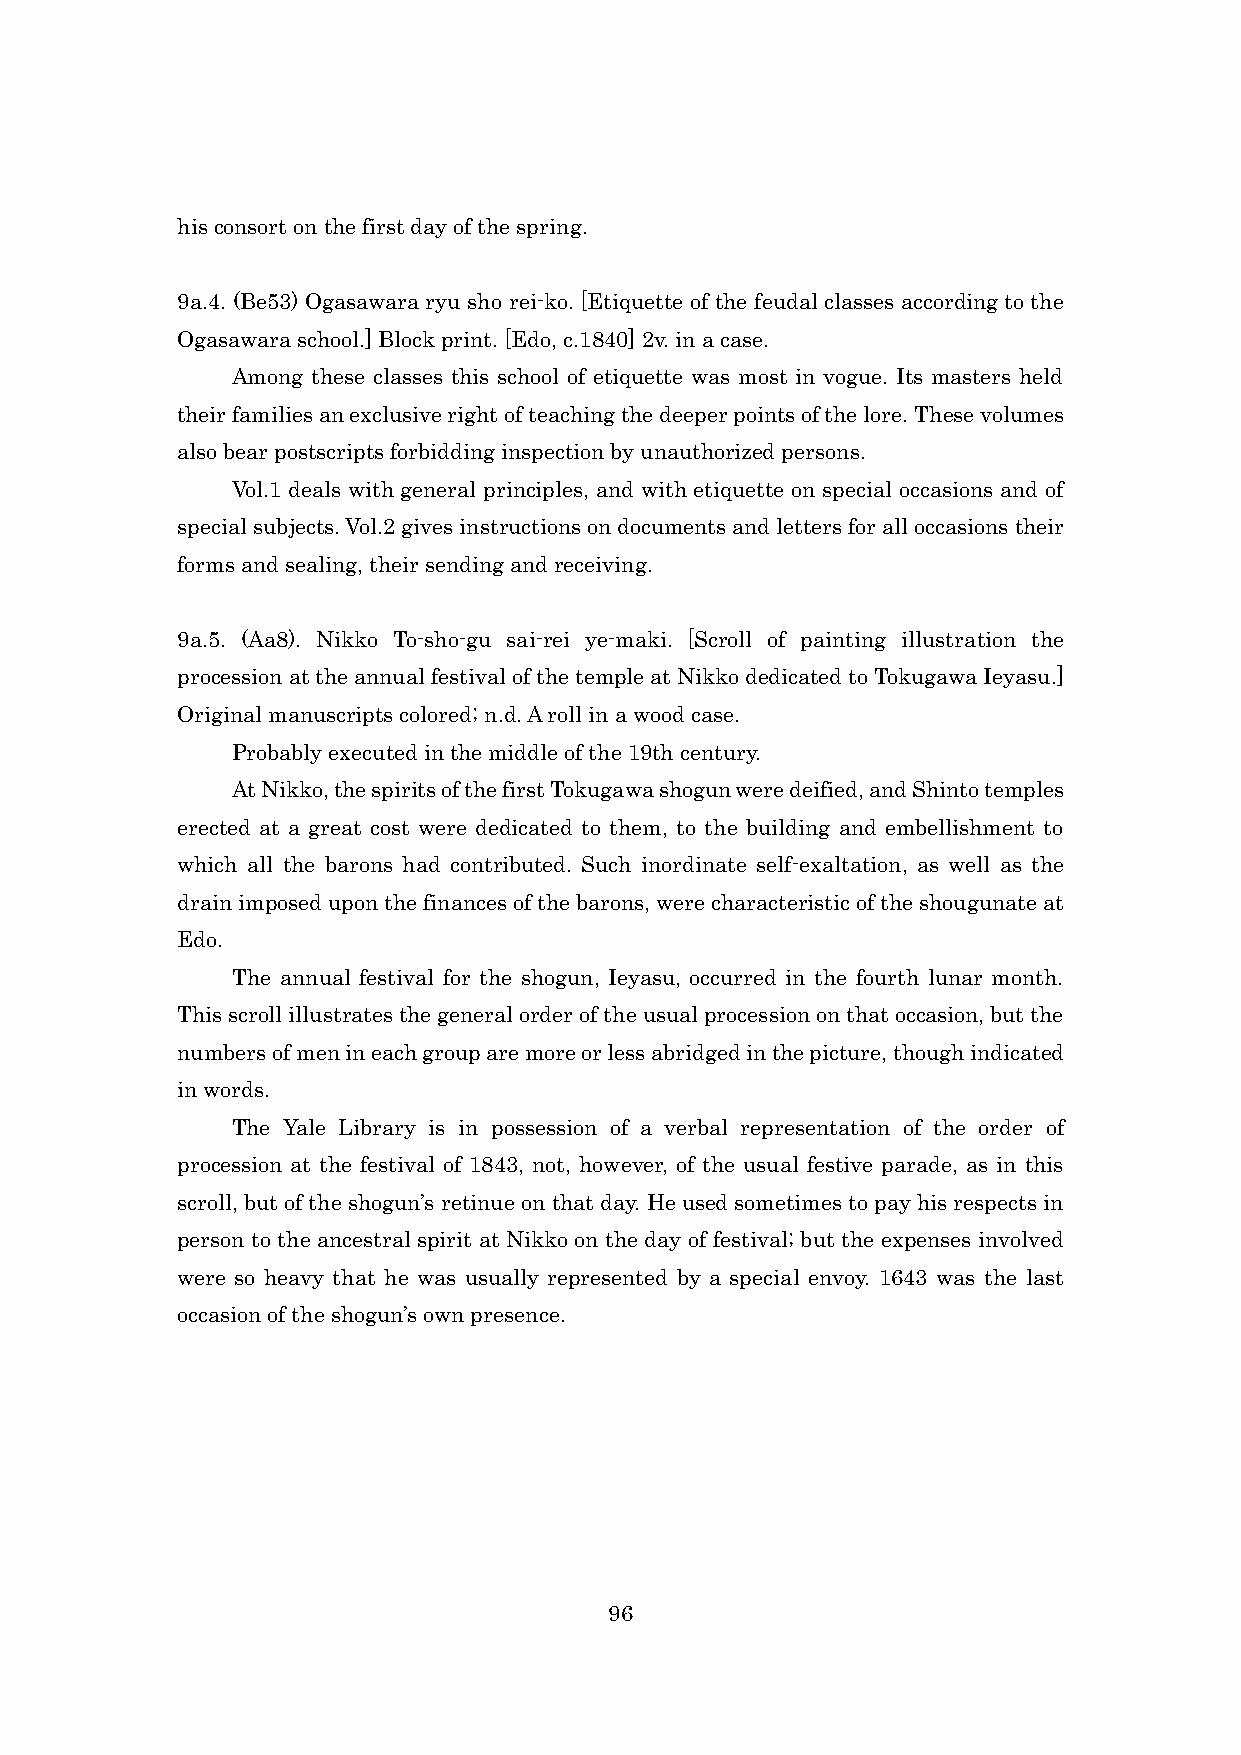
his consort on the first day of the spring.
 9a.4. (Be53) Ogasawara ryu sho rei-ko. [Etiquette of the feudal classes according to the
 Ogasawara school.] Block print. [Edo, c.1840] 2v. in a case.
 Among these classes this school of etiquette was most in vogue. Its masters held
 their families an exclusive right of teaching the deeper points of the lore. These volumes
 also bear postscripts forbidding inspection by unauthorized persons.
 Vol.1 deals with general principles, and with etiquette on special occasions and of
 special subjects. Vol.2 gives instructions on documents and letters for all occasions their
 forms and sealing, their sending and receiving.
 9a.5. (Aa8). Nikko To-sho-gu sai-rei ye-maki. [Scroll of painting illustration the
 procession at the annual festival of the temple at Nikko dedicated to Tokugawa Ieyasu.]
 Original manuscripts colored; n.d. A roll in a wood case.
 Probably executed in the middle of the 19th century.
 At Nikko, the spirits of the first Tokugawa shogun were deified, and Shinto temples
 erected at a great cost were dedicated to them, to the building and embellishment to
 which all the barons had contributed. Such inordinate self-exaltation, as well as the
 drain imposed upon the finances of the barons, were characteristic of the shougunate at
 Edo.
 The annual festival for the shogun, Ieyasu, occurred in the fourth lunar month.
 This scroll illustrates the general order of the usual procession on that occasion, but the
 numbers of men in each group are more or less abridged in the picture, though indicated
 in words.
 The Yale Library is in possession of a verbal representation of the order of
 procession at the festival of 1843, not, however, of the usual festive parade, as in this
 scroll, but of the shogun’s retinue on that day. He used sometimes to pay his respects in
 person to the ancestral spirit at Nikko on the day of festival; but the expenses involved
 were so heavy that he was usually represented by a special envoy. 1643 was the last
 occasion of the shogun’s own presence.
 96